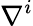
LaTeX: \nabla^{i}